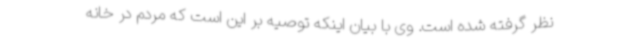
نظر گرفته شده است. وی با بیان اینکه توصیه بر این است که مردم در خانه